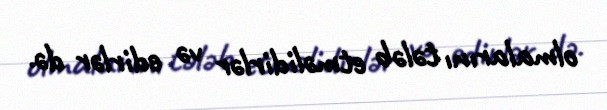
olmalarını tələb etməlidirlər və edirlər də.